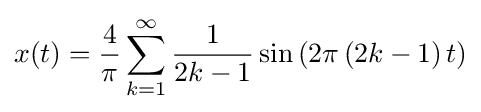
x(t)={\frac {4}{\pi }}\sum _{k=1}^{\infty }{\frac {1}{2k-1}}\sin \left(2\pi \left(2k-1\right)t\right)